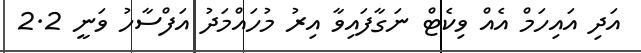
އަދި އައިހަމް އެއް ވިކެޓް ނަގާފައިވާ އިރު މުހައްމަދު އަފްސާހު ވަނީ 2.2